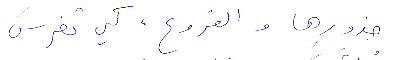
جذورها والفروع، كي تغرس